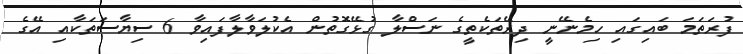
ފުރަތަމަ ބައިގައި ހިމެނޭނީ ދިރޭތަކެތީގެ ނަސްލާ ގުޅޭގޮތުން އެކުލަވާލާފައިވާ 6 ސިޔާސަތަކާއި އޭގެ